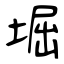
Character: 堀